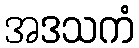
အဒသကံ